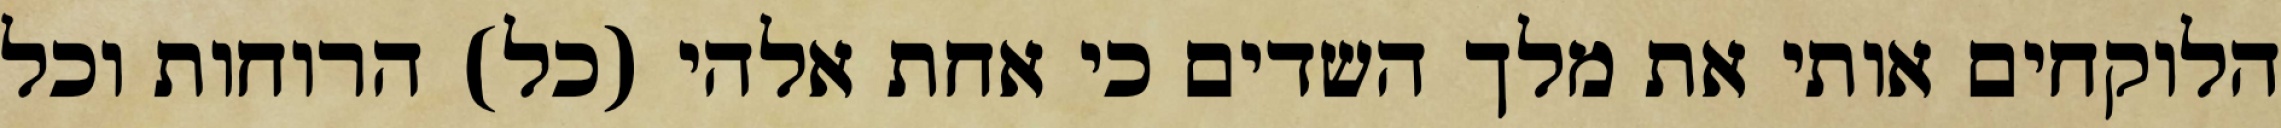
הלוקחים אותי את מלך השדים כי אחת אלהי (כל) הרוחות וכל